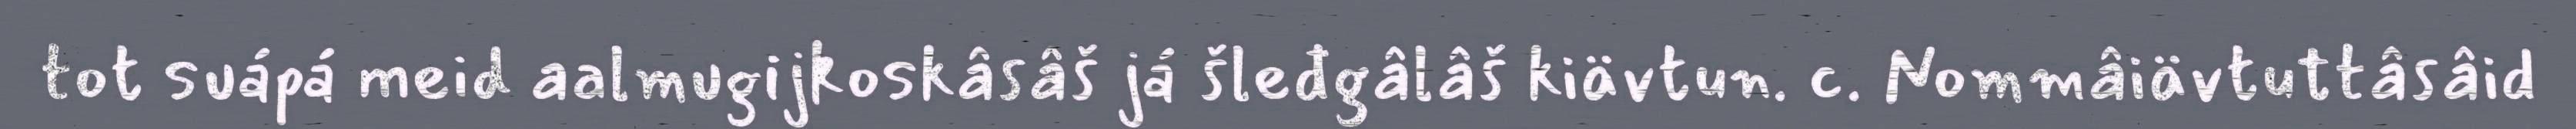
tot suápá meid aalmugijkoskâsâš já šleđgâlâš kiävtun. c. Nommâiävtuttâsâid